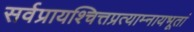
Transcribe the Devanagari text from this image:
सर्वप्रायश्चित्तप्रत्याम्नायभूतां